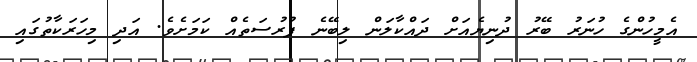
އެމީހުންގެ ހުނަރު ބޭރު ދުނިޔެއަށް ދައްކާލަން ލިބޭނެ ފުރުސަތެއް ކަމަށެވެ. އަދި މިހަރަކާތުގައި